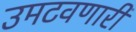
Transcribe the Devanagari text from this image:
उमटवणारी